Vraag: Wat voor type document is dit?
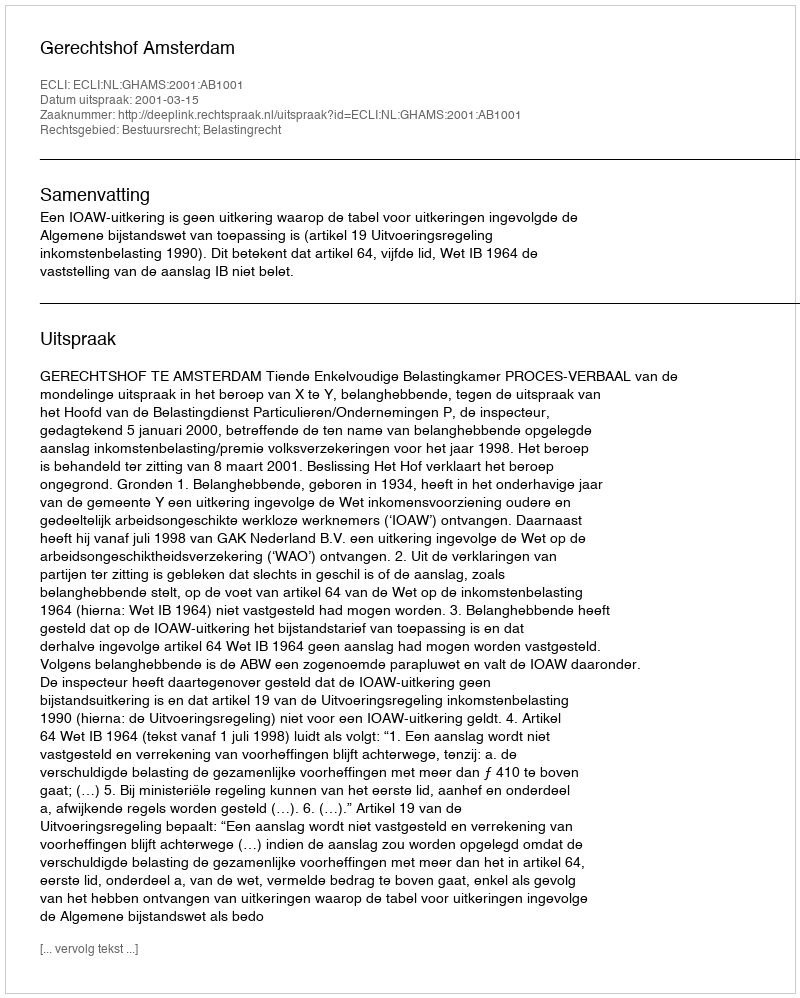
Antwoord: Uitspraak